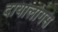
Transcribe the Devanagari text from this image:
दायोलोगस